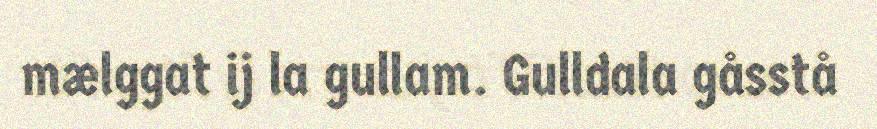
mælggat ij la gullam. Gulldala gåsstå